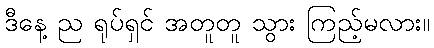
ဒီနေ့ ည ရုပ်ရှင် အတူတူ သွား ကြည့်မလား။